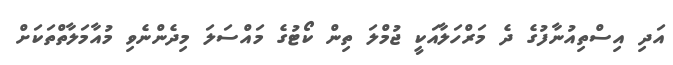
އަދި އިސްތިއުނާފުގެ ދެ މަރްހަލާއަކީ ޖުމްލަ ތިން ކޯޓުގެ މައްސަލަ މިދެންނެވި މުއާމަލާތްތަކަށް